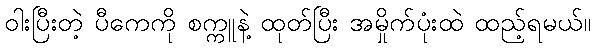
ဝါးပြီးတဲ့ ပီကေကို စက္ကူနဲ့ ထုတ်ပြီး အမှိုက်ပုံးထဲ ထည့်ရမယ်။